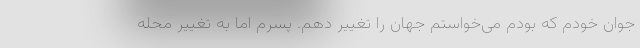
جوان خودم که بودم می‌خواستم جهان را تغییر دهم. پسرم اما به تغییر محله